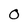
Character: O